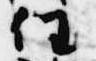
任